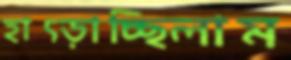
হাৎড়াচ্ছিলাম